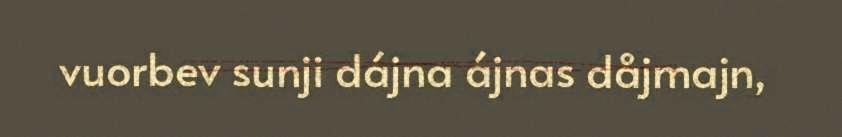
vuorbev sunji dájna ájnas dåjmajn,